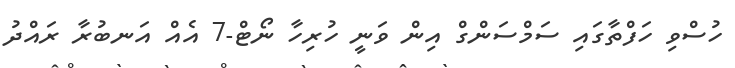
ހުސްވި ހަފްތާގައި ސަމްސަންގް އިން ވަނީ ހުރިހާ ނޯޓް-7 އެއް އަނބުރާ ރައްދު